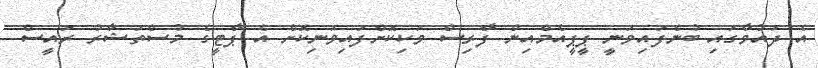
އެ ދައުވާގައި ބުނެފައިވަނީ ޕީޕީއެމްއިން ފާރިސް ވަކިކޮށްފައިވަނިކޮށް އެ ޕާޓީގެ މުސްތަޝާރު ރައީސް